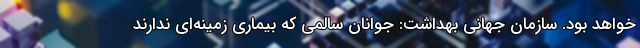
خواهد بود. سازمان جهانی بهداشت: جوانان سالمی که بیماری زمینه‌ای ندارند